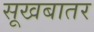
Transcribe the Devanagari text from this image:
सूखबातर